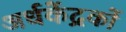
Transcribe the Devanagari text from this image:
अर्धकेंद्रकों